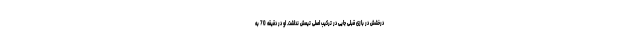
درخشش در بازی قبلی جایی در ترکیب اصلی تیمش نداشت. او در دقیقه 70 به